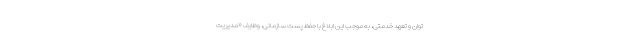
توان و تعهد خدمتی، به موجب این ابلاغ با حفظ پست سازمانی، وظایف «مدیریت